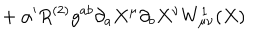
{ } + \alpha ^ { \prime } R ^ { ( 2 ) } g ^ { a b } \partial _ { a } X ^ { \mu } \partial _ { b } X ^ { \nu } W _ { \mu \nu } ^ { 1 } ( X )